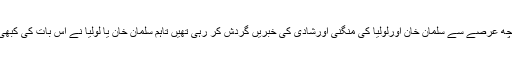
واضح رہے کہ کچھ عرصے سے سلمان خان اورلولیا کی منگنی اورشادی کی خبریں گردش کر رہی تھیں تاہم سلمان خان یا لولیا نے اس بات کی کبھی تصدیق نہیں کی۔